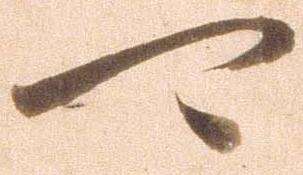
可